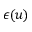
\epsilon ( u )